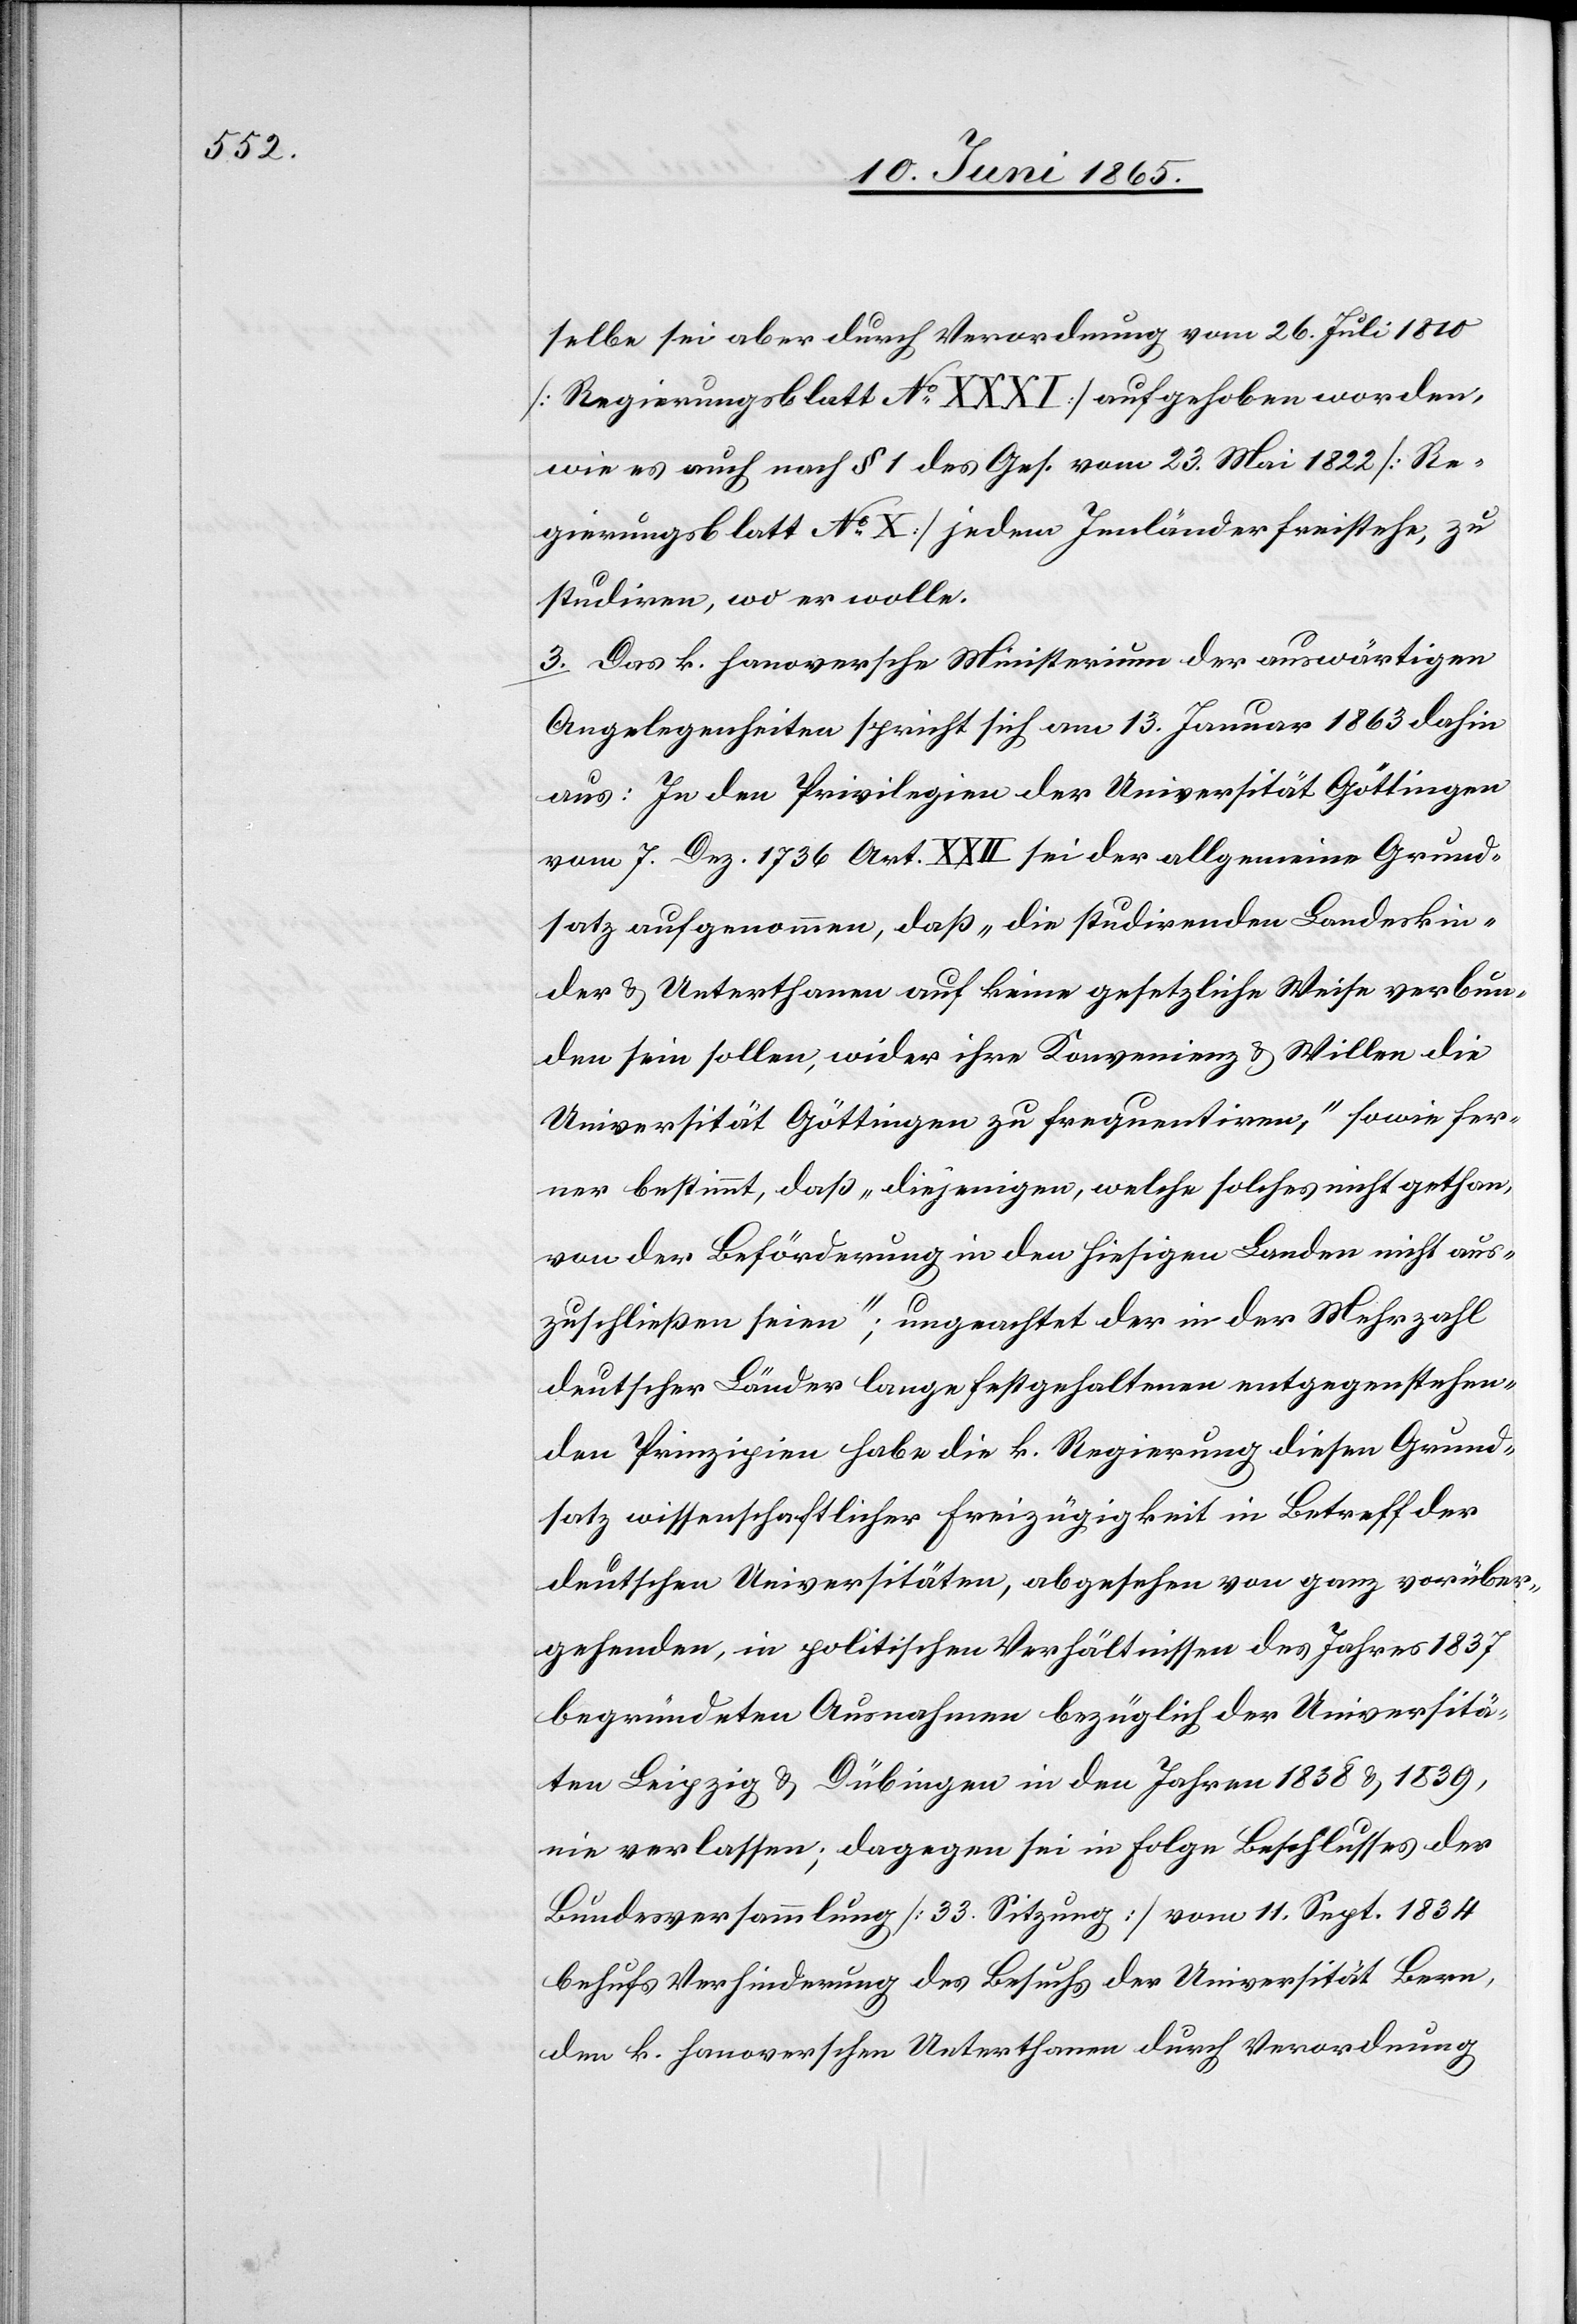
selbe sei aber durch Verordnung vom 26. Juli 1810
[Regierungsblatt No XXXI] aufgehoben worden,
wie es auch nach § 1 des Ges. vom 23. Mai 1833 [Re¬
gierungsblatt No X] jedem Innländer freistehe, zu
studiren, wo er wolle.
3. Das k. hanoversche Ministerium der auswärtigen
Angelegenheiten spricht sich am 13. Januar 1863 dahin
aus: In den Privilegien der Universität Göttingen
vom 7. Dez. 1736 Art. XXII sei der allgemeine Grund¬
satz aufgenommen, daß „die studirenden Landeskin¬
der & Unterthanen auf keine gesetzliche Weise verbun¬
den sein sollen, wider ihre Konvenienz & Willen die
Universität Göttingen zu frequentiren,“ sowie fer¬
ner bestimmt, daß „diejenigen, welche solches nicht gethan
von der Beförderung in den hiesigen Landen nicht aus¬
zuschließen seien“; ungeachtet der in der Mehrzahl
deutscher Länder lange festgehaltenen entgegenstehen¬
den Prinzipien habe die k. Regierung diesen Grund¬
satz wissenschaftlicher Freizügigkeit in Betreff der
deutschen Universitäten, abgesehen von ganz vorüber¬
gehenden, in politischen Verhältnissen des Jahres 1837
begründeten Ausnahmen bezüglich der Universitä¬
ten Leipzig & Dübingen in den Jahren 1838 & 1839,
nie verlassen; dagegen sei in Folge Beschlusses der
Bundesversammlung [33. Sitzung] vom 11. Sept. 1834
behufs Verhinderung des Besuchs der Universität Bern,
den k. hanoverschen Unterthanen durch Verordnung